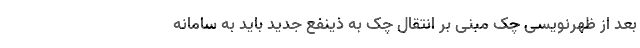
بعد از ظهرنویسی چک مبنی بر انتقال چک به ذینفع جدید باید به سامانه